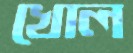
খোল